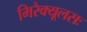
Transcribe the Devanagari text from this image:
मिरैक्यूलसः